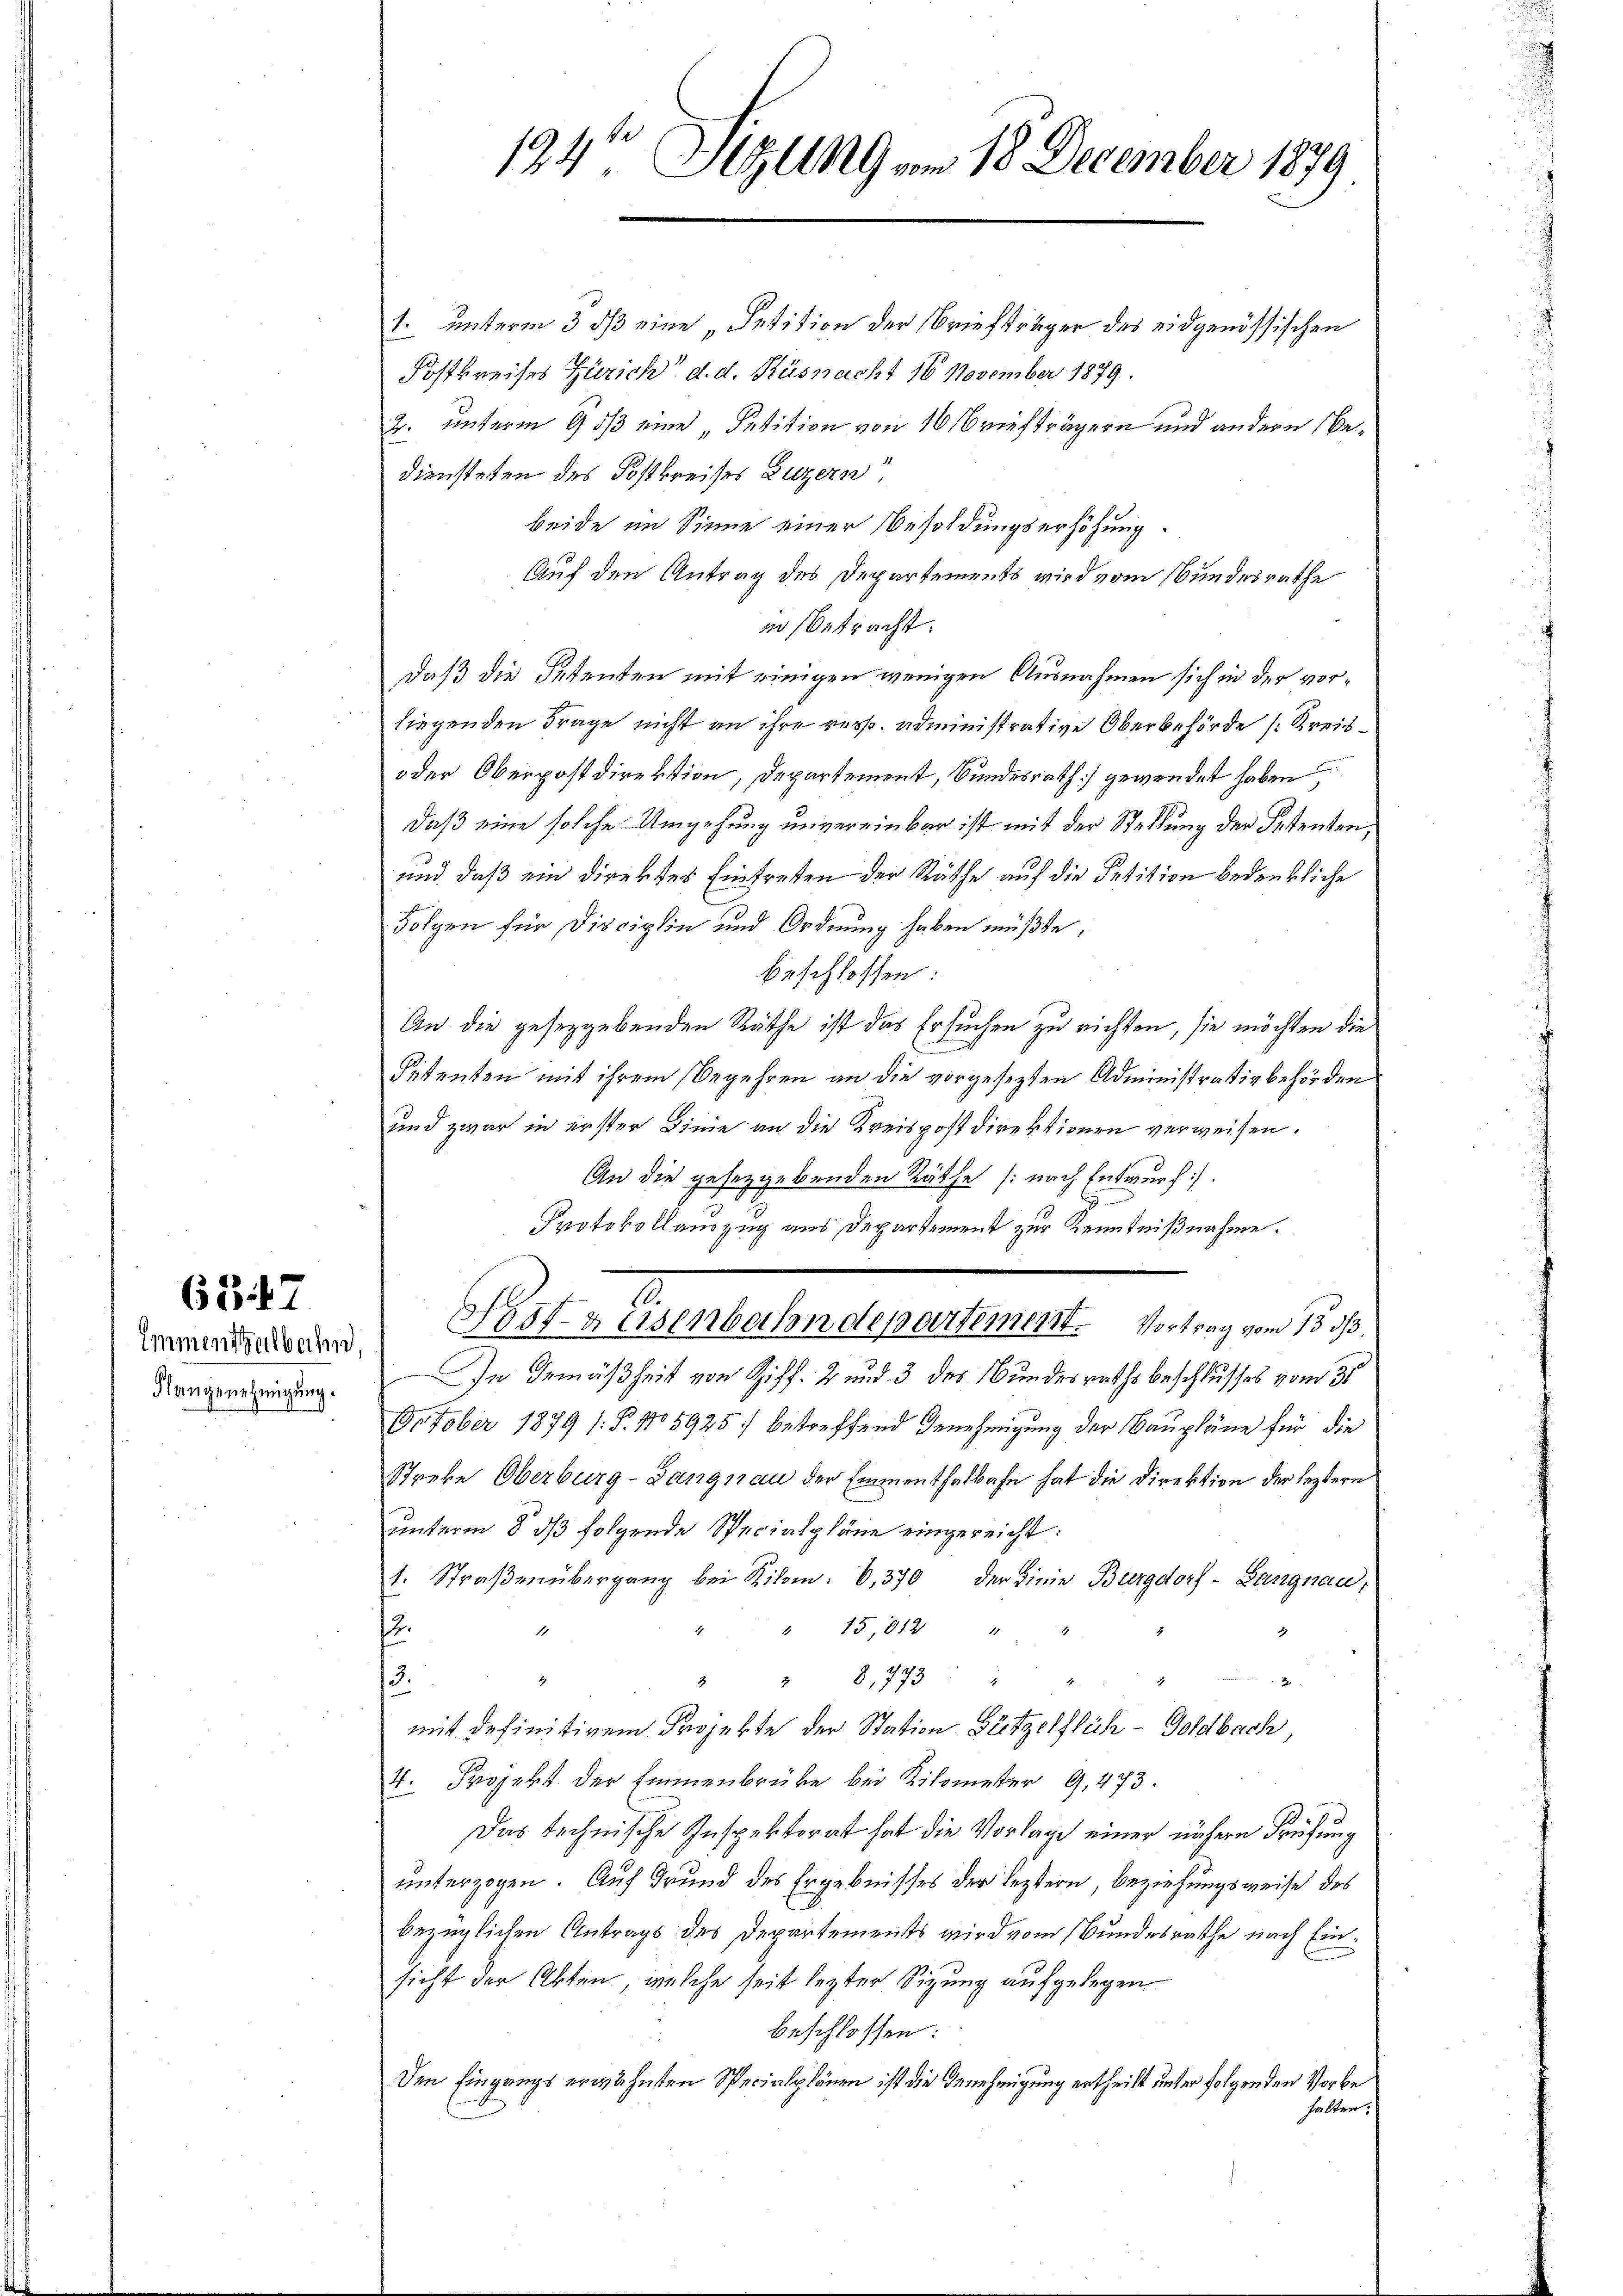
Emmenthalbahn,
Flangenehmigung.

6347

194te Sizung am 18. December 1879

1. unterm 3 dß eine Petition der Briefträger des eidgenössischen
Fostkreises Zürich d. d. Küsnacht 16 November 1879.
2. unterm 9 dß eine „Petition von 10 Briefträgern und andern Be¬
Diensteten des Postkreises Luzern
beide im Sinne einer Besoldungserhöhung.
Auf den Antrag des Departements wird vom Bundesrathe
in betracht.
daß die Petenten mit einigen wenigen Ausnahmen sich in der vorliegenden Frage nicht an ihre resp. administrative Oberbehörde (Kreis¬
oder Oberpostdirektion, Departement, Bundesrath gewendet haben
daß eine solche Umgehung unvereinbar ist mit der Stellung der Petenten,
und daß ein Direktes Eintreten der Räthe auf die Petition bedenkliche
Folgen für Disciplin und Ordnung haben müßte,
beschlossen:
An die gesetzgebenden Räthe ist das Ersuchen zu richten, sie möchten die
Petenten mit ihrem Begehren an die vorgesezten Administrativbehörden
und zwar in erster Linie an die Kreispost Direktionen verweisen.
An die gesetzgebenden Räthe (nach Entwurf.
1
Protokollauszug aus Departement zur Kenntnißnahme.
.
Pestzusenbahndepartement. Vortrag vom 13. ds.
In Gemäßheit von Ziff. 2 und 3 des Bundesrathsbeschlusses vom 31.
October 1879 (: P. No 5925 betreffend Genehmigung der Baupläne für die
Streke Oberburg-Langnau der Emmenthalbahn hat die Direktion der leztern
unterm 8. dβ folgende Specialpläne eingereicht:
1. Straβenübergang bei Kilom: 6370 der Linie Burgdorf - Langnau,
" 15,012 "
¬
4
2 " 8,773: "
2
3.
mit definitivem. Projekte der Station Bützelflich - Goldbach
4. Projekt der Emmenbrüke bei Kilometer 9. 473.
Das technische Inspektorat hat die Vorlage einer nähere Prüfung
unterzogen. Auf Grund des Ergebnisses der leztern, Beziehungsweise des
bezüglichen Antrags des Departements wird vom Bundesrathe nach Einsicht der Akten, welche seit lezter Sizung aufgelegen
beschlossen:
Den Eingangs erwähnten Specialplänen ist die Genehmigung ertheilt unter folgenden Vorbehalten.